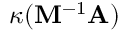
\kappa ( \mathbf { M } ^ { - 1 } \mathbf { A } )